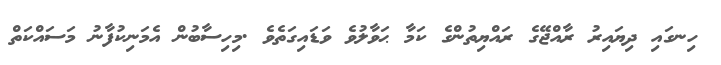
ހިނގައި ދިޔައިރު ރާއްޖޭގެ ރައްޔިތުންގެ ކަމާ ޙަވާލުވެ ވަޑައިގަތެވެ .މިހިސާބުން އެމަނިކުފާނު މަސައްކަތް